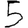
Digit: 5